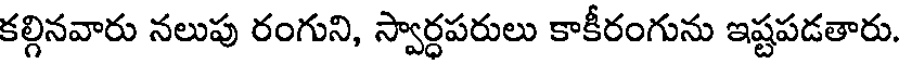
కల్గినవారు నలుపు రంగుని, స్వార్ధపరులు కాకీరంగును ఇష్టపడతారు.